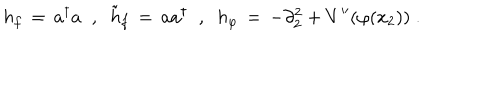
h _ { f } \, = \, a ^ { \dagger } a \; \; , \; \; { \tilde { h } } _ { f } \, = \, a a ^ { \dagger } \; \; , \; \; h _ { \varphi } \, = \, - \partial _ { 2 } ^ { 2 } + V ^ { \prime \prime } ( \varphi ( x _ { 2 } ) ) \; .